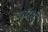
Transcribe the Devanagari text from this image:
चॉरस